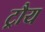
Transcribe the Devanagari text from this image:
ट्रौय